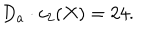
D _ { a } \cdot c _ { 2 } ( X ) = 2 4 .